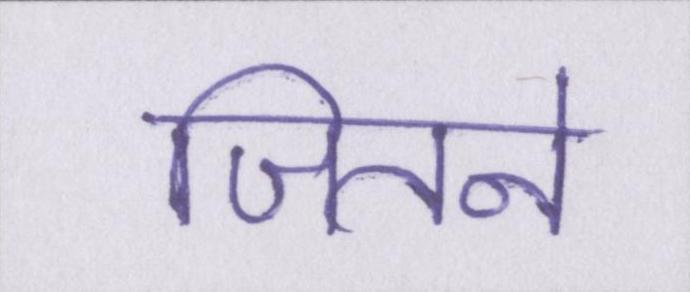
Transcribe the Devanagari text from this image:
जितने